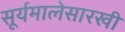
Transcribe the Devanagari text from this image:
सूर्यमालेसारखी